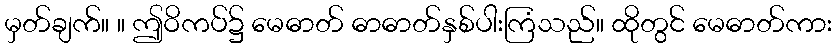
မှတ်ချက်။ ။ ဤဝိကပ်၌ မေဓာတ် ဓာဓာတ်နှစ်ပါးကြံသည်။ ထိုတွင် မေဓာတ်ကား